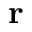
\bf { r }